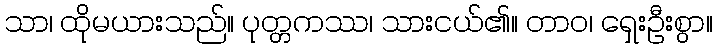
သာ၊ ထိုမယားသည်။ ပုတ္တကဿ၊ သားငယ်၏။ တာဝ၊ ရှေးဦးစွာ။